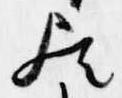
歟